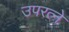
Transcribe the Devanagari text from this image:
उपरत्‍ने